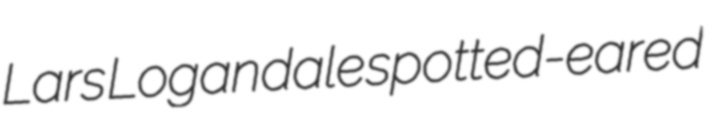
Lars Logandale spotted-eared